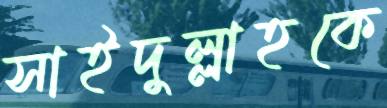
সাইদুল্লাহকে